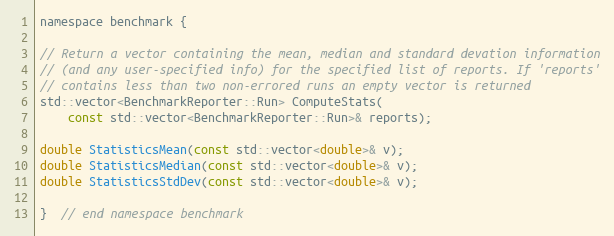
Language: C
namespace benchmark {

// Return a vector containing the mean, median and standard devation information
// (and any user-specified info) for the specified list of reports. If 'reports'
// contains less than two non-errored runs an empty vector is returned
std::vector<BenchmarkReporter::Run> ComputeStats(
    const std::vector<BenchmarkReporter::Run>& reports);

double StatisticsMean(const std::vector<double>& v);
double StatisticsMedian(const std::vector<double>& v);
double StatisticsStdDev(const std::vector<double>& v);

}  // end namespace benchmark